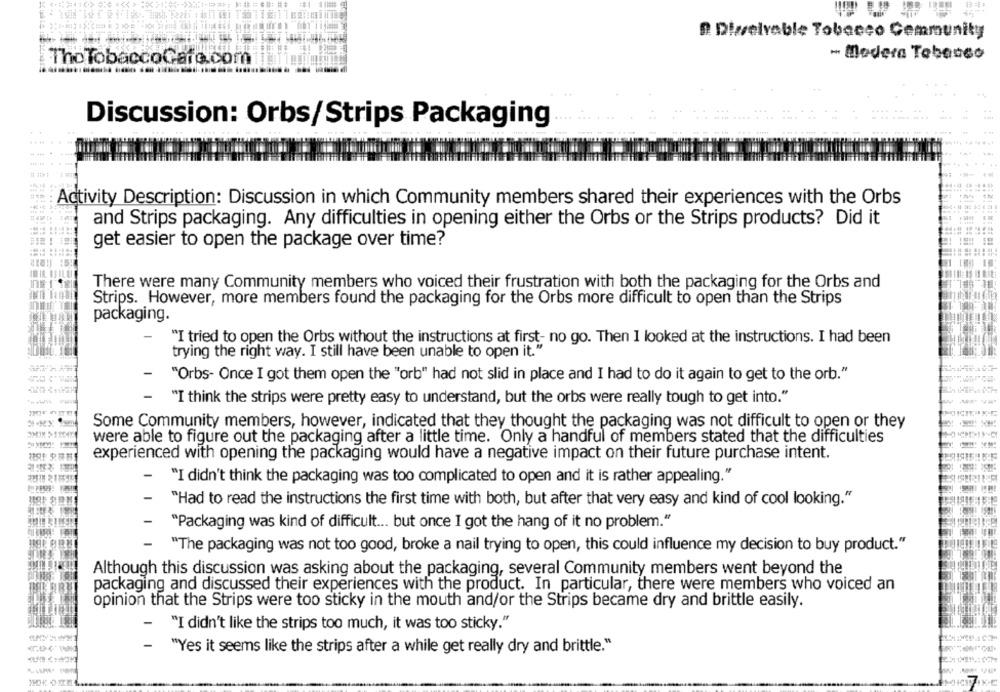
D. Dizselvable Tobacco Community
- Madera Tobacco
The TobaccoGafe.com
Discussion: Orbs/Strips Packaging
Activity Description: Discussion in which Community members shared their experiences with the Orbs
and Strips packaging. Any difficulties in opening either the Orbs or the Strips products? Did it
get easier to open the package over time?
There were many Community members who voiced their frustration with both the packaging for the Orbs and
Strips. However, more members found the packaging for the Orbs more difficult to open than the Strips
packaging.
"I tried to open the Orbs without the instructions at first- no go. Then I looked at the instructions. I had been
trying the right way. I still have been unable to open it."
-
"Orbs- Once I got them open the "orb" had not slid in place and I had to do it again to get to the orb."
-
"I think the strips were pretty easy to understand, but the orbs were really tough to get into."
Some Community members, however, indicated that they thought the packaging was not difficult to open or they
were able to figure out the packaging after a little time. Only a handful of members stated that the difficulties
experienced with opening the packaging would have a negative impact on their future purchase intent.
-
"I didn't think the packaging was too complicated to open and it is rather appealing."
-
"Had to read the instructions the first time with both, but after that very easy and kind of cool looking."
-
"Packaging was kind of difficult ... but once I got the hang of it no problem."
-
"The packaging was not too good, broke a nail trying to open, this could influence my decision to buy product."
Although this discussion was asking about the packaging, several Community members went beyond the
packaging and discussed their experiences with the product. In particular, there were members who voiced an
opinion that the Strips were too sticky in the mouth and/or the Strips became dry and brittle easily.
-
"I didn't like the strips too much, it was too sticky."
"Yes it seems like the strips after a while get really dry and brittle."